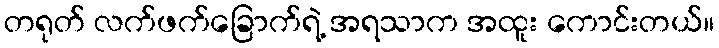
တရုတ် လက်ဖက်ခြောက်ရဲ့ အရသာက အထူး ကောင်းတယ်။